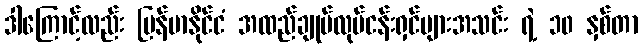
ဒါကြောင့်လည်း မြန်မာနိုင်ငံ အထည်ချုပ်လုပ်ငန်းရှင်များအသင်း ရဲ့ ၁၀ နှစ်တာ